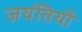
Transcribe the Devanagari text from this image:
जयंतियों